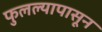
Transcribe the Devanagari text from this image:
फुलल्यापासून